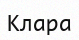
Клара